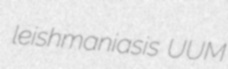
leishmaniasis UUM